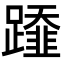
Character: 𨆂